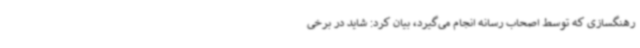
رهنگسازی که توسط اصحاب رسانه انجام می‌گیرد، بیان کرد: شاید در برخی